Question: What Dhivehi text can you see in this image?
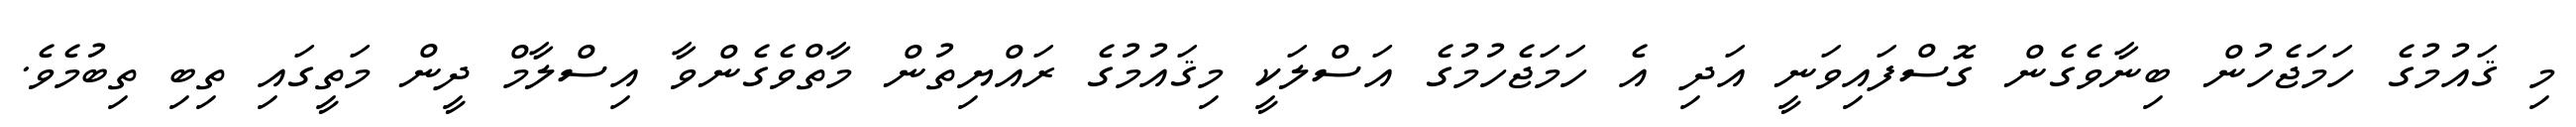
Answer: މި ޤައުމުގެ ހަމަޖެހުން ބިނާވެގެން ގޮސްފައިވަނީ އަދި އެ ހަމަޖެހުމުގެ އަސްލަކީ މިޤައުމުގެ ރައްޔިތުން މާތްވެގެންވާ އިސްލާމް ދީން މަތީގައި ތިބި ތިބުމެވެ.